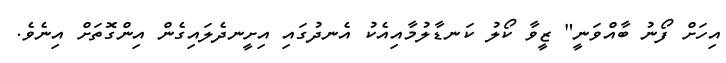
އިހަށް ފޯނު ބާއްވަނީ" ޒީވާ ކޯލު ކަނޑާލުމާއިއެކު އެނދުގައި އިށީނދެލައިގެން އިންގޮތަށް އިނެވެ.